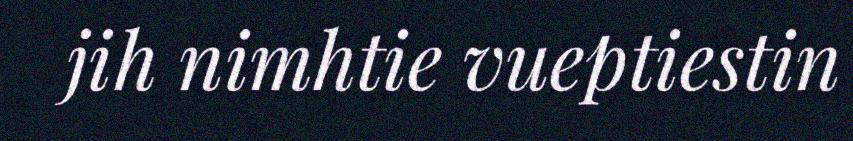
jih nimhtie vueptiestin